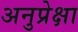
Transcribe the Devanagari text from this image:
अनुप्रेक्षा